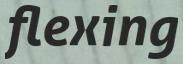
flexing